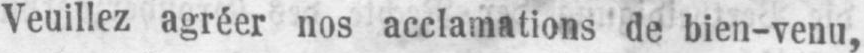
Veuillez agréer nos acclamations de bien-venu,